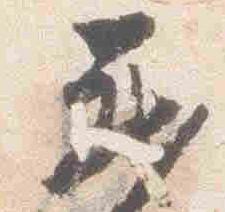
蔵